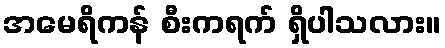
အမေရိကန် စီးကရက် ရှိပါသလား။